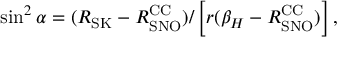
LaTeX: \sin ^ { 2 } \alpha = { ( R _ { \mathrm { S K } } - R _ { \mathrm { S N O } } ^ { \mathrm { C C } } ) / \left[ r ( \beta _ { H } - R _ { \mathrm { S N O } } ^ { \mathrm { C C } } ) \right] } \, ,